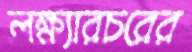
লক্ষ্যারচরের